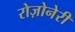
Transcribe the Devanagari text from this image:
रोज़ोनेरी